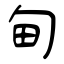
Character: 甸